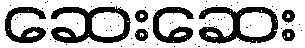
ဆေးဆေး